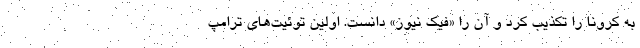
به کرونا را تکذیب کرد و آن را «فیک نیوز» دانست. اولین توئیت‌های ترامپ